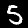
Digit: 5